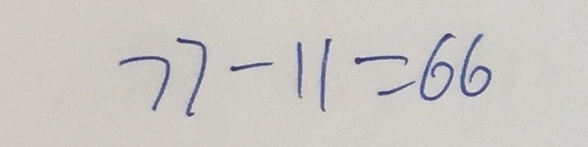
7 7 - 1 1 = 6 6